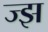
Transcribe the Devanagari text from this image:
ज्झ